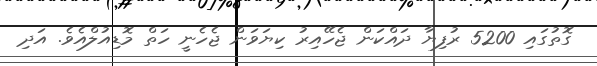
ގޮތުގައި 5200 ރުފިޔާ ދައްކަން ޖެހޭއިރު ކިޔަވަން ޖެހެނީ ހަތް މޮޑިއުލްއެވެ. އަދި